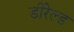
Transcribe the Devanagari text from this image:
डीरेल्ड